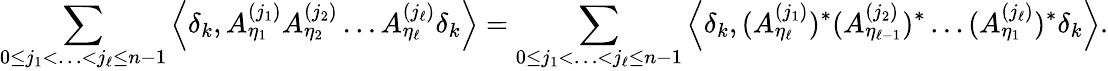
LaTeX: \sum_{0\leq j_{1}<\ldots<j_{\ell}\leq n-1}\left\langle\delta_{k},A_{\eta_{1}}^{(j_{1})}A_{\eta_{2}}^{(j_{2})}\ldots A_{\eta_{\ell}}^{(j_{\ell})}\delta_{k}\right\rangle=\sum_{0\leq j_{1}<\ldots<j_{\ell}\leq n-1}\left\langle\delta_{k},(A_{\eta_{\ell}}^{(j_{1})})^{*}(A_{\eta_{\ell-1}}^{(j_{2})})^{*}\ldots(A_{\eta_{1}}^{(j_{\ell})})^{*}\delta_{k}\right\rangle.